Vaccination in Burma 1889-1999 - 1889-1999
Year: 1889
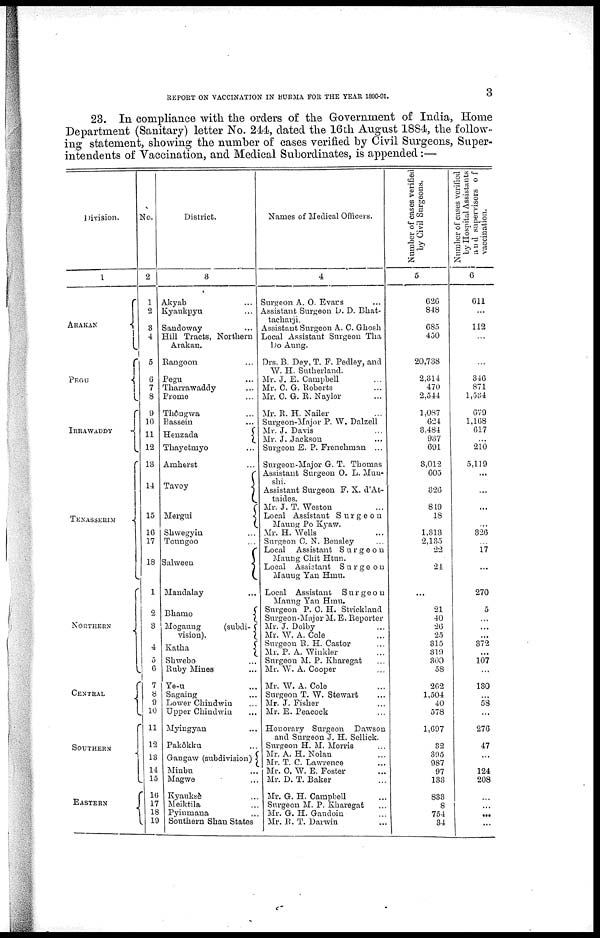
REPORT ON VACCINATION IN BURMA FOR THE YEAR 1890-91.
3
23. In compliance with the orders of the Government of India, Home
Department (Sanitary) letter No. 244, dated the 16th August 1884, the follow-
ing statement, showing the number of cases verified by Civil Surgeons, Super-
intendents of Vaccination, and Medical Subordinates, is appended:—
Division.
1
ARAKAN
PEGU
IRRAWADDY
TENASSERIM
NORTHERN
Central
Southern
Eastern
No.
2
1
2
8
4
5
6
7
8
9
10
11
12
13
14
15
16
17
18
1
2
8
4
5
6
7
8
9
10
11
12
13
14
15
10
17
18
19
District.
3
Akyab ...
Kyaukpyu ...
Sandoway ...
Hill Tracts, Northern
Arakan.
Rangoon ...
Pegu ...
Tharrawaddy ...
Prome ...
Thôngwa ...
Bassein ...
Henzada
Thayetmyo
Amherst ...
Tavoy
Mergui
.hwegyin ...
Toungoo ...
Salween
...
Mandalay ...
Bhamo
Mogaung
(subdi-
vision).
Katha
...
Shwebo ...
Ruby Mines ...
Ye-u ...
Sagaing ...
Lower Chindwin ...
Upper Chindwin ...
Myingyan ...
Pakôkku
Gangaw (subdivision)
Minbu ...
Magwe ...
Kyauksè ...
Meiktila ...
Pyinmana ...
Southern Shan States
Names of Medical Officers.
4
Surgeon A. O. Evans ...
Assistant Surgeon D. D. Bhat-
tacharji.
Assistant Surgeon A. C. Ghosh
Local Assistant Surgeon Tha
Do Aung.
Drs. B. Dey, T. F. Pedley, and
W. H. Sutherland.
Mr. J. E. Campbell ...
Mr. C. G. Roberts ...
Mr. C. G. R. Naylor ...
Mr. R. H. Nailer ...
Surgeon-Major P. W. Dalzell
Mr. J. Davis ...
Mr. J. Jackson ...
Surgeon E. P. Frenchman ...
Surgeon-Major G. T. Thomas
Assistant Surgeon O. L. Mun-
shi.
Assistant Surgeon F. X. d'At-
taides.
Mr. J. T. Weston ...
Local Assistant Surgeon
Maung Po Kyaw.
Mr. H. Wells ...
Surgeon C. N. Bensley
Local Assistant Surgeon
Maung Chit Htun.
Local Assistant
Surgeon
Mauug Yan Hmu.
Local Assistant
Surgeon
Maung Yan Hmu.
Surgeon P. C. H. Strickland
Surgeon-Major M. E. Reporter
Mr. J. Dolby ...
Mr. W. A. Cole ...
Surgeon R. H. Castor ...
Mr. P. A. Winkler ...
Surgeon M. P. Kharegat ...
Mr. W. A. Cooper ...
Mr. W. A. Cole ...
Surgeon T. W. Stewart
Mr. J. Fisher ...
Mr. E. Peacock ...
Honorary Surgeon
Dawson
and Surgeon J. H. Sellick.
Surgeon H. M. Morris
Mr. A. H. Nolan ...
Mr. T. C. Lawrence
Mr. C. W. E. Foster ...
Mr. D. T. Baker ...
Mr. G. H. Campbell ...
Surgeon M. P. Kharegat ...
Mr. G. H. Gaudoin ...
Mr. R. T. Darwin
Number of cases verified
by Civil Surgeons.
5
626
848
685
450
20,738
2,314
470
2,544
1,087
624
3,484
937
691
3,012
605
826
849
18
1,313
2,135
22
24
...
21
40
26
25
315
319
300
58
262
1,504
40
578
1,697
82
395
987
97
133
833
8
754
34
Number of cases verified
by Hospital Assistants
and supervisors of
vaccination.
6
611
...
112
...
...
346
871
1,534
679
1,168
617
...
210
5,119
...
...
...
...
326
...
17
...
270
5
...
...
372
...
107
...
180
...
58
...
276
47
...
...
124
208
...
...
...
...